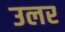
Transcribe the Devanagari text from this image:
उलर